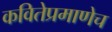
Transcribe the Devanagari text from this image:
कवितेप्रमाणेच